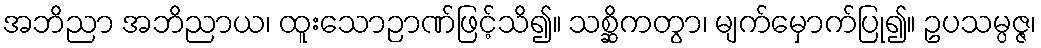
အဘိညာ အဘိညာယ၊ ထူးသောဉာဏ်ဖြင့်သိ၍။ သစ္ဆိကတွာ၊ မျက်မှောက်ပြု၍။ ဥပသမ္ပဇ္ဇ၊